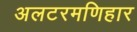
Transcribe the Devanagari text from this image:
अलटरमणिहार